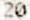
20